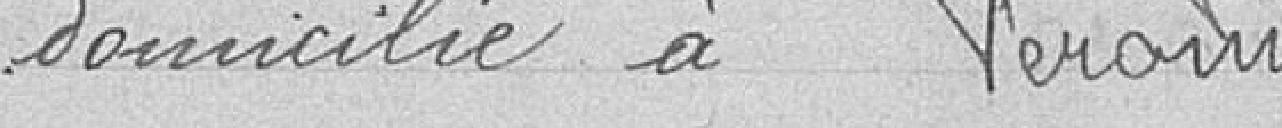
domicilié à Pérouse